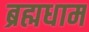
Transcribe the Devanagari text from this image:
ब्रह्मधाम